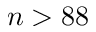
n > 8 8